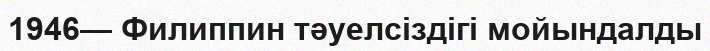
1946— Филиппин тәуелсiздiгi мойындалды